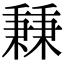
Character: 𥡝